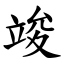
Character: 竣